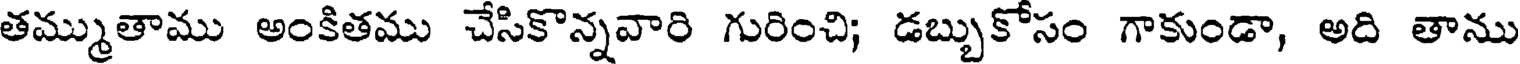
తమ్ముతాము అంకితము చేసికొన్నవారి గురించి; డబ్బుకోసం గాకుండా, అది తాను